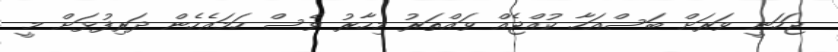
ޖަހަނީ ވަރަށް ބަސްއަހާ ކުއްޖެއް ވައްތަރު މިހާރު ވެސް ހަމައެހެން ދަރިފުޅަށް މީ